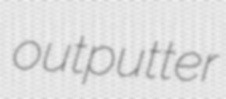
outputter